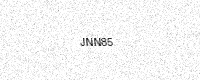
Text: JNN85